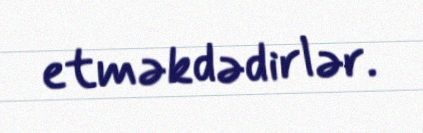
etməkdədirlər.